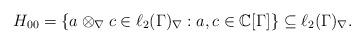
LaTeX: \begin{align*}H_{00} = \{ a \otimes_\nabla c \in \ell_2(\Gamma)_\nabla : a, c \in \mathbb{C}[\Gamma] \} \subseteq \ell_2(\Gamma)_\nabla.\end{align*}